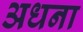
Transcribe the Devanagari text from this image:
अधना